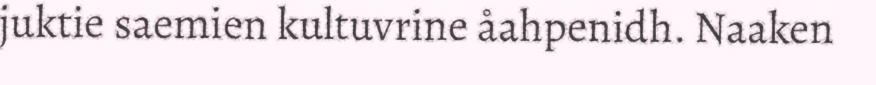
juktie saemien kultuvrine åahpenidh. Naaken